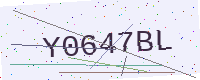
Text: Y0647BL